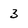
Character: 3